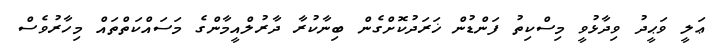
ޢަލީ ވަޙީދު ވިދާޅުވީ މިސްކިތު ފަންޑުން ޚަރަދުކޮށްގެން ބިނާކުރާ ދާރުލްއީމާންގެ މަސައްކަތްތައް މިހާރުވެސް